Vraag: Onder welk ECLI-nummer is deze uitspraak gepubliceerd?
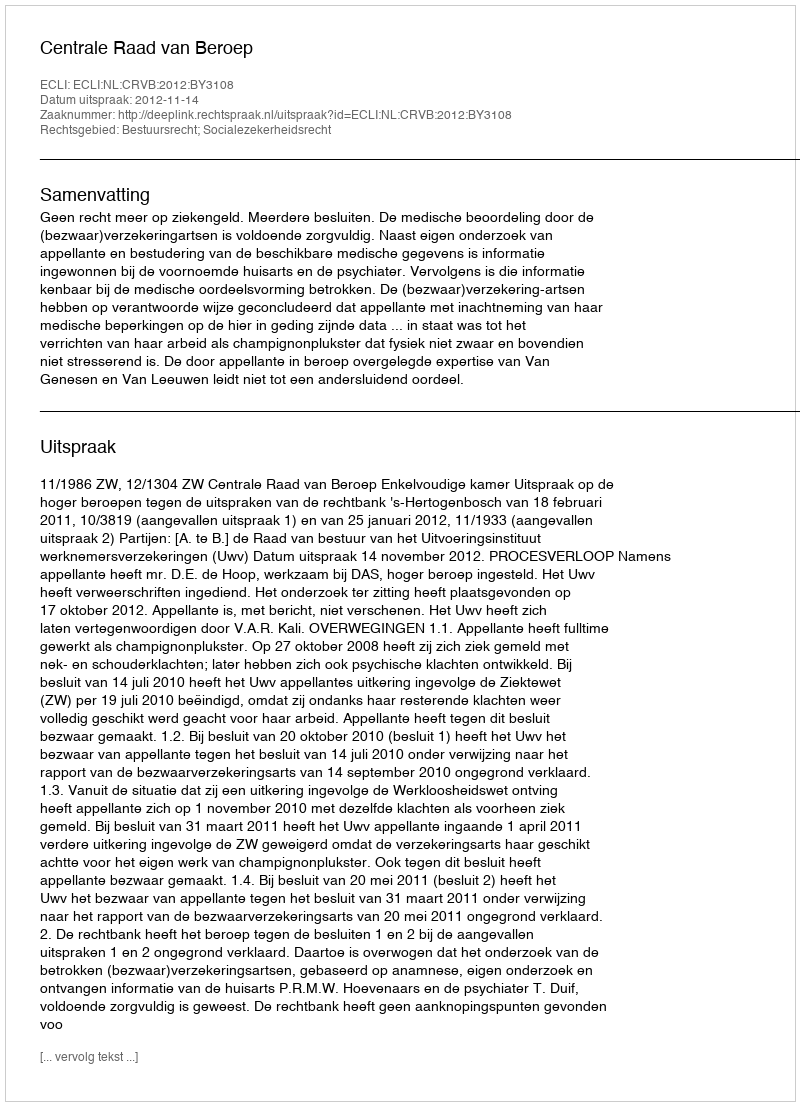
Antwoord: ECLI:NL:CRVB:2012:BY3108